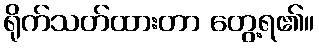
ရိုက်သတ်ထားတာ တွေ့ရ၏။